Specificity of antivenomous sera (second communication) - Number 10
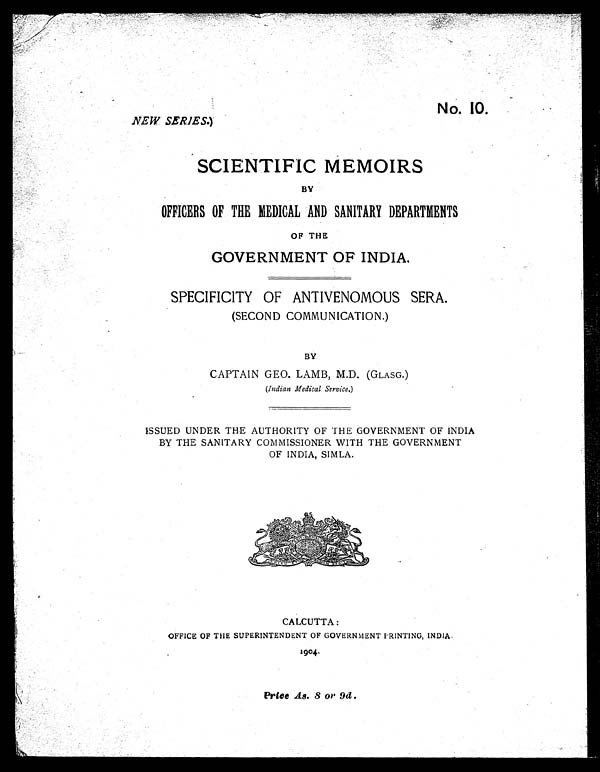
No. 10.
NEW SERIES.)
SCIENTIFIC MEMOIRS
BY
OFFICERS OF THE MEDICAL AND SANITARY DEPARTMENTS
OF THE
GOVERNMENT OF INDIA.
SPECIFICITY OF ANTIVENOMOUS SERA.
(SECOND COMMUNICATION.)
BY
CAPTAIN GEO. LAMB, M.D. (GLASG.)
(Indian Medical Service. )
ISSUED UNDER THE AUTHORITY OF THE GOVERNMENT OF INDIA
BY THE SANITARY COMMISSIONER WITH THE GOVERNMENT
OF INDIA, SIMLA.
CALCUTTA:
OFFICE OF THE SUPERINTENDENT OF GOVERNMENT PRINTING, INDIA.
1904.
Price As. 8 or 9d.